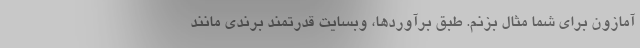
آمازون برای شما مثال بزنم. طبق برآوردها، وبسایت قدرتمند برندی مانند